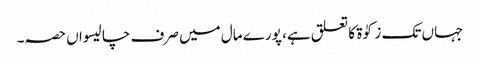
جہاں تک زکوٰۃ کا تعلق ہے، پورے مال میں صرف چالیسواں حصہ۔